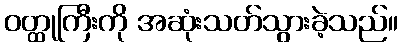
ဝတ္ထုကြီးကို အဆုံးသတ်သွားခဲ့သည်။